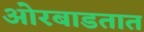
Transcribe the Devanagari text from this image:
ओरबाडतात